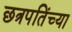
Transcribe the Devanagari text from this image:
छत्रपतिंच्या